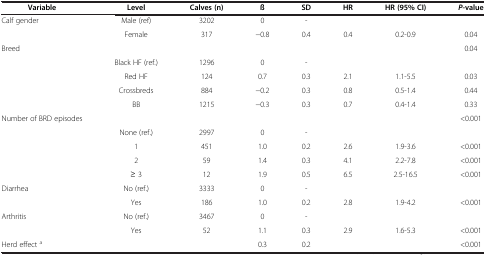
<table><thead><tr><td><b>Variable</b></td><td><b>Level</b></td><td><b>Calves (n)</b></td><td><b>ß</b></td><td><b>SD</b></td><td><b>HR</b></td><td><b>HR (95% CI)</b></td><td><b><i>P</i>-value</b></td></tr></thead><tbody><tr><td rowspan="2">Calf gender</td><td>Male (ref)</td><td>3202</td><td>0</td><td>-</td><td> </td><td> </td><td> </td></tr><tr><td>Female</td><td>317</td><td>−0.8</td><td>0.4</td><td>0.4</td><td>0.2-0.9</td><td>0.04</td></tr><tr><td>Breed</td><td> </td><td> </td><td> </td><td> </td><td> </td><td> </td><td>0.04</td></tr><tr><td rowspan="4"> </td><td>Black HF (ref.)</td><td>1296</td><td>0</td><td>-</td><td> </td><td> </td><td> </td></tr><tr><td>Red HF</td><td>124</td><td>0.7</td><td>0.3</td><td>2.1</td><td>1.1-5.5</td><td>0.03</td></tr><tr><td>Crossbreds</td><td>884</td><td>−0.2</td><td>0.3</td><td>0.8</td><td>0.5-1.4</td><td>0.44</td></tr><tr><td>BB</td><td>1215</td><td>−0.3</td><td>0.3</td><td>0.7</td><td>0.4-1.4</td><td>0.33</td></tr><tr><td rowspan="5">Number of BRD episodes</td><td> </td><td> </td><td> </td><td> </td><td> </td><td> </td><td>&lt;0.001</td></tr><tr><td>None (ref.)</td><td>2997</td><td>0</td><td>-</td><td> </td><td> </td><td> </td></tr><tr><td>1</td><td>451</td><td>1.0</td><td>0.2</td><td>2.6</td><td>1.9-3.6</td><td>&lt;0.001</td></tr><tr><td>2</td><td>59</td><td>1.4</td><td>0.3</td><td>4.1</td><td>2.2-7.8</td><td>&lt;0.001</td></tr><tr><td>≥ 3</td><td>12</td><td>1.9</td><td>0.5</td><td>6.5</td><td>2.5-16.5</td><td>&lt;0.001</td></tr><tr><td rowspan="2">Diarrhea</td><td>No (ref.)</td><td>3333</td><td>0</td><td>-</td><td> </td><td> </td><td> </td></tr><tr><td>Yes</td><td>186</td><td>1.0</td><td>0.2</td><td>2.8</td><td>1.9-4.2</td><td>&lt;0.001</td></tr><tr><td rowspan="2">Arthritis</td><td>No (ref.)</td><td>3467</td><td>0</td><td>-</td><td> </td><td> </td><td> </td></tr><tr><td>Yes</td><td>52</td><td>1.1</td><td>0.3</td><td>2.9</td><td>1.6-5.3</td><td>&lt;0.001</td></tr><tr><td>Herd effect <sup>a</sup></td><td> </td><td> </td><td>0.3</td><td>0.2</td><td> </td><td> </td><td>&lt;0.001</td></tr></tbody></table>